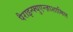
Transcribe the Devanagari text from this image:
पैराइन्फ्युएन्ज़ाशामिल